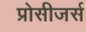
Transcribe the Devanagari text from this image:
प्रोसीजर्स